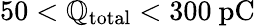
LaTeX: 50<\mathbb{Q}_{\mathrm{{total}}}<300~\mathrm{{pC}}